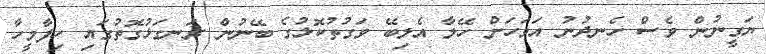
ޔަގީނުން ވެސް ހެނދުނު އަވަހަށް ހޭލާ އެލިބޭ ވަގުތުކޮޅުގެ ބޭނުން ރަނގަޅުގޮތުގައި ހިފާމީހާ